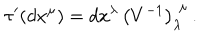
LaTeX: \tau ^ { \prime } ( d x ^ { \mu } ) = { } d x ^ { \lambda } \, \left( V ^ { - 1 } \right) _ { \lambda } ^ { \, \, \mu } \, .